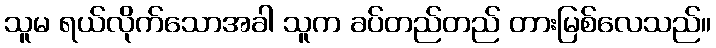
သူမ ရယ်လိုက်သောအခါ သူက ခပ်တည်တည် တားမြစ်လေသည်။